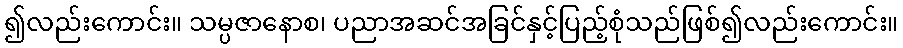
၍လည်းကောင်း။ သမ္ပဇာနောစ၊ ပညာအဆင်အခြင်နှင့်ပြည့်စုံသည်ဖြစ်၍လည်းကောင်း။